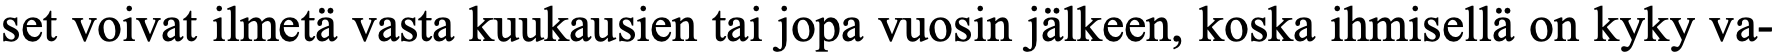
set voivat ilmetä vasta kuukausien tai jopa vuosin jälkeen, koska ihmisellä on kyky va-